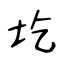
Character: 圪